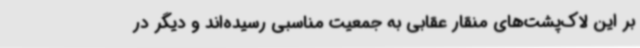
بر این لاک‌پشت‌های منقار عقابی به جمعیت مناسبی رسیده‌اند و دیگر در